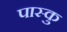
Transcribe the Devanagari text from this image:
पास्कु